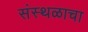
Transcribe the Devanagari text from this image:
संस्थळाचा